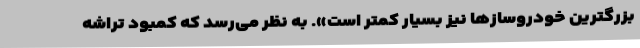
بزرگترین خودروسازها نیز بسیار کمتر است». به نظر می‌رسد که کمبود تراشه